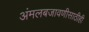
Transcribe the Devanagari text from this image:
अंमलबजावणीसाठीही